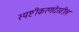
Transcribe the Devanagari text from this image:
स्पष्टीकरणदेखील